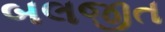
બલજીત